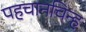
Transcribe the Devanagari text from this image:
पहचानचिन्ह